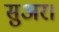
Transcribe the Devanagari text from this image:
सुअर।